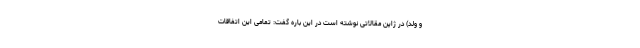
و ولد) در ژاپن مقالاتی نوشته است در این باره گفت: تمامی این اتفاقات